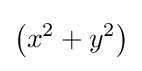
\left(x^{2}+y^{2}\right)